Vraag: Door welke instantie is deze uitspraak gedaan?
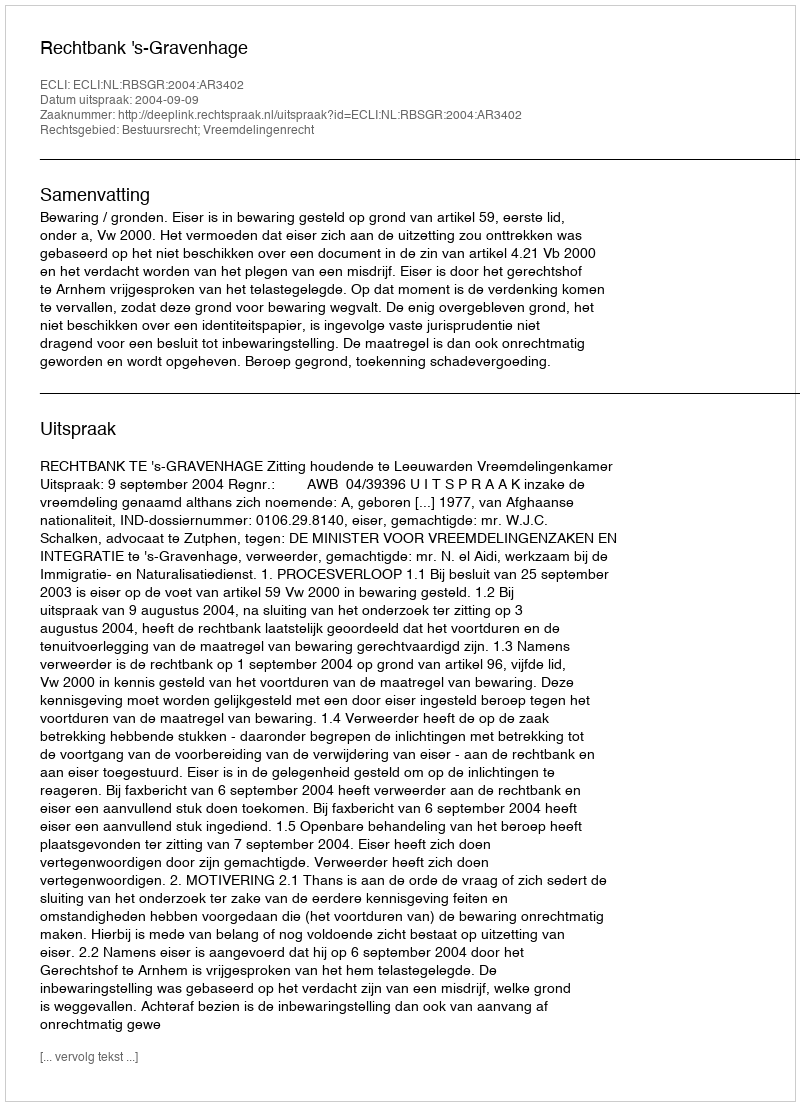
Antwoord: Rechtbank 's-Gravenhage